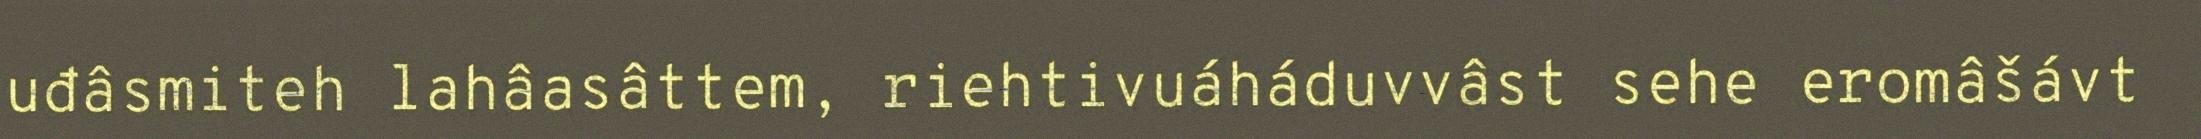
uđâsmiteh lahâasâttem, riehtivuáháduvvâst sehe eromâšávt